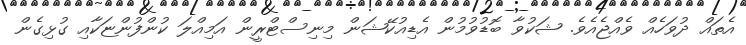
އެތައް ދުވަހެއް ވެއްޖެއެވެ. ޝަކުވާ ބޮޑުވުމުން އެޑިއުކޭޝަން މިނިސްޓްރީން އަމިއްލަ ކުންފުންޏަކާއި ގުޅިގެން